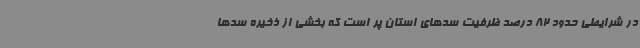
در شرایطی حدود 82 درصد ظرفیت سدهای استان پر است که بخشی از ذخیره سدها